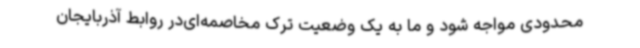
محدودی مواجه شود و ما به یک وضعیت ترک مخاصمه‌ای‌در روابط آذربایجان